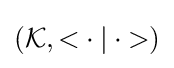
({\mathcal {K}},{\mathopen {<}}\cdot |\cdot {\mathclose {>}})